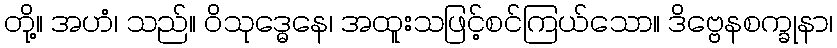
တို့။ အဟံ၊ သည်။ ဝိသုဒ္ဓေနေ၊ အထူးသဖြင့်စင်ကြယ်သော။ ဒိဗ္ဗေနစက္ခုနာ၊